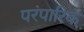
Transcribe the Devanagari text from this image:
परंपारिक